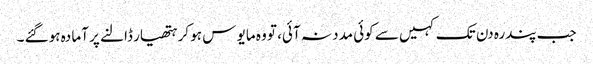
جب پندرہ دن تک کہیں سے کوئی مدد نہ آئی، تو وہ مایو س ہو کر ہتھیار ڈالنے پر آما دہ ہوگئے ۔